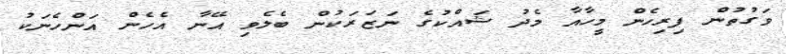
ވަގުތުން ފިރިހެން މީހާއާ މެދު ޝައްކުގެ ނަޒަރަކުން ބެލެވި އޭނާ އެހެން އަންހެނަކު